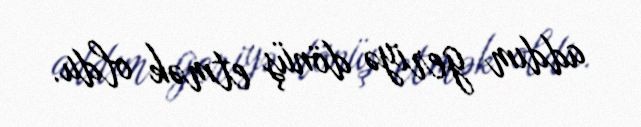
addım geriyə dönüş etmək oldu.